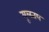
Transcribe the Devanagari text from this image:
मूलतय